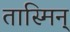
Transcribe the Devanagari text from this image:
तास्मिन्